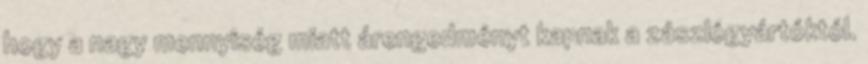
hogy a nagy mennyiség miatt árengedményt kapnak a zászlógyártóktól.